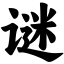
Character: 谜